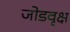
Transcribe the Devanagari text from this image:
जोडवृक्ष